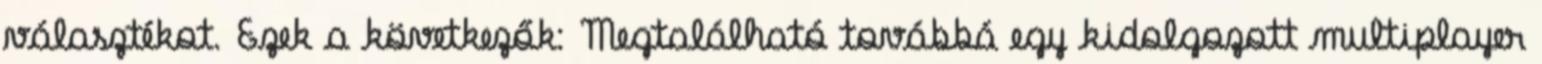
választékot. Ezek a következők: Megtalálható továbbá egy kidolgozott multiplayer